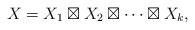
\begin{align*} X=X_1\boxtimes X_2\boxtimes\cdots \boxtimes X_k, \end{align*}